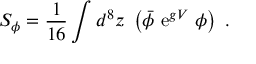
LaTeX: S _ { \phi } = \frac { 1 } { 1 6 } \int d ^ { 8 } z \ \left( { \bar { \phi } } \ { \mathrm e } ^ { g V } \ \phi \right) \ .